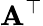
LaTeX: \mathbf{A}^{\top}